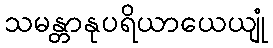
သမန္တာနုပရိယာယေယျုံ